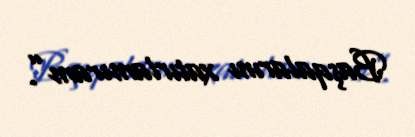
Başqalarını xatırlamıram”.